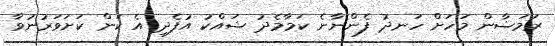
ރަމަޟާން މަހަށް ހަނދު ފެންނާނެ ކަމާމެދު ޝައްކު އުފެދި އެ ކަން ކަށަވަރުނުވާ